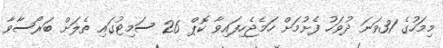
މިމަހުގެ 31ވަނަ ދުވަހު ފެށުމަށް ހަމެޖެހިފައިވާ ކޮޕް 26 ސަމިޓުގައި ތެލަށް ބަރޯސާވާ